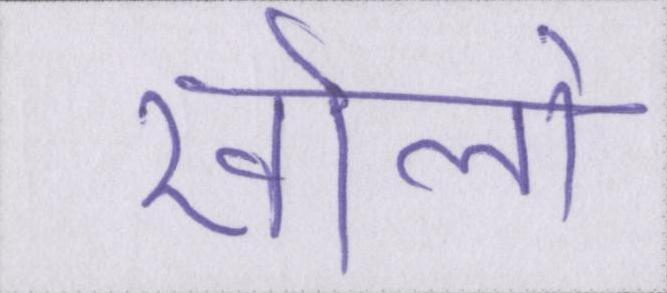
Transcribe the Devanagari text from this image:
खोलो